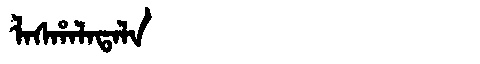
Manchu: ᠯᠠᠰᡥᠠᠯᠠᡨᠠᠯᠠ
Romanization: LASHALATALA